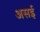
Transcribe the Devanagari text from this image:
असई